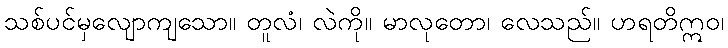
သစ်ပင်မှလျောကျသော။ တူလံ၊ လဲကို။ မာလုတော၊ လေသည်။ ဟရတိဣဝ၊